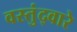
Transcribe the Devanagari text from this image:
वस्तुंद्वारे